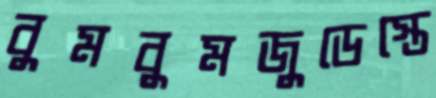
বুমবুমজুডেস্তে